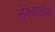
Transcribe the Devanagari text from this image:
नोकरशाहीची